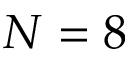
N = 8